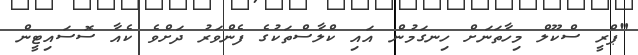
"ޕްރީ ސްކޫލް މިހާތަނަށް ހިނގަމުން އައި ކްލާސްތަކުގެ ފެންވަރު ދަށްވެ ކެއާ ސޮސައިޓީން